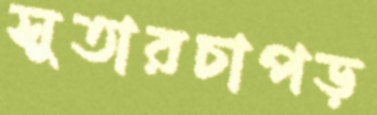
সুতারচাপড়